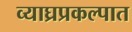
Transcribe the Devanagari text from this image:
व्याघ्रप्रकल्पात